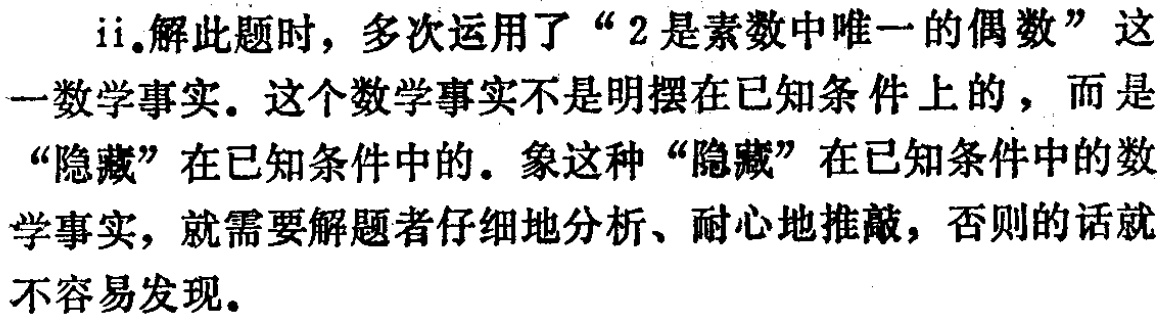
ii.解此题时，多次运用了“2是素数中唯一的偶数”这一数学事实。这个数学事实不是明摆在已知条件上的，而是“隐藏”在已知条件中的。象这种“隐藏”在已知条件中的数学事实，就需要解题者仔细地分析、耐心地推敲，否则的话就不容易发现。